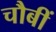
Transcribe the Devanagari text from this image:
चौबीं